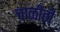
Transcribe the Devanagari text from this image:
चाळीती